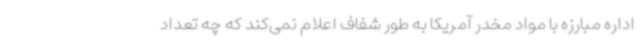
اداره مبارزه با مواد مخدر آمریکا به طور شفاف اعلام نمی‌کند که چه تعداد